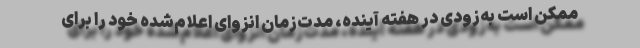
ممکن است به‌زودی در هفته آینده، مدت‌زمان انزوای اعلام‌شده خود را برای